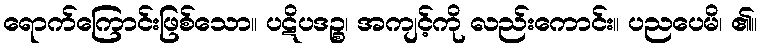
ရောက်ကြောင်းဖြစ်သော။ ပဋိပဒဉ္စ၊ အကျင့်ကို လည်းကောင်း။ ပညပေမိ၊ ၏။